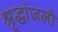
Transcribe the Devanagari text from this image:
श्रृद्धांजली